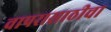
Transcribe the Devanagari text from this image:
वापरासाठीचा